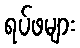
ရပ်ဖများ